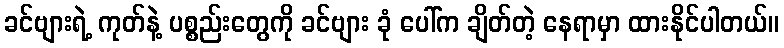
ခင်ဗျားရဲ့ ကုတ်နဲ့ ပစ္စည်းတွေကို ခင်ဗျား ခုံ ပေါ်က ချိတ်တဲ့ နေရာမှာ ထားနိုင်ပါတယ်။